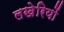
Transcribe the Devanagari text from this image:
लखेरियों